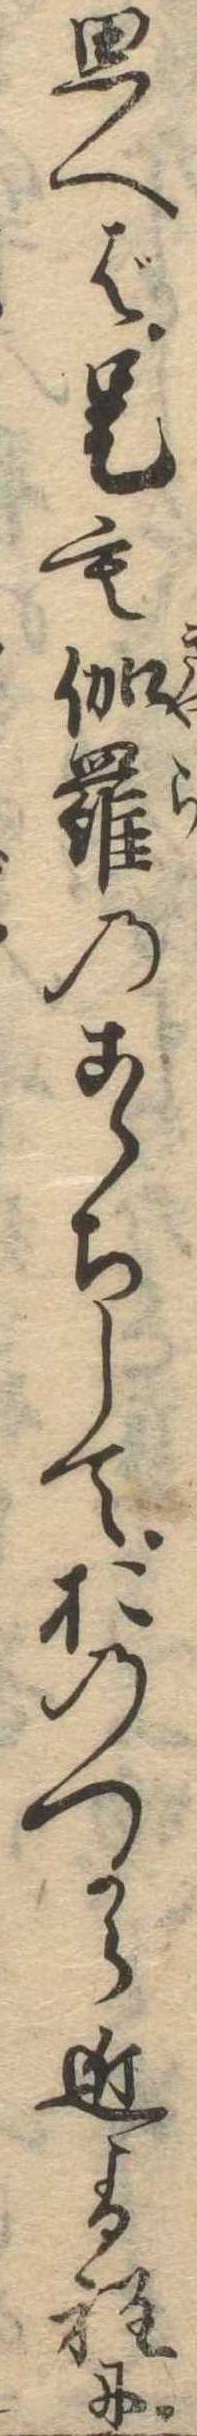
思へば是も伽羅のこゝちしておのつから近よる程に